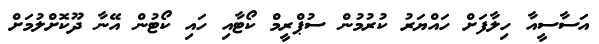
އަސާސީއާ ހިލާފަށް ހައްޔަރު ކުރުމުން ސުޕްރީމް ކޯޓާއި ހައި ކޯޓުން އޭނާ ދޫކޮށްލުމަށް